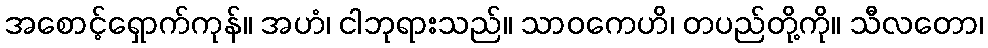
အစောင့်ရှောက်ကုန်။ အဟံ၊ ငါဘုရားသည်။ သာဝကေဟိ၊ တပည်တို့ကို။ သီလတော၊